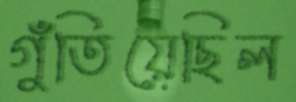
গুঁতিয়েছিল